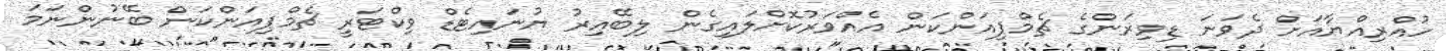
ހުއްރިއްޔާއަށް ދެވަނަ ޑިވިޜަންގެ ޗެމްޕިއަންކަން އެއްވަރުކޮށްލައިގެން ލިބޭއިރު ޔުނައިޓެޑް ވިކްޓަރީ ޗެމްޕިއަންކަން ބޭނުންނަމަ